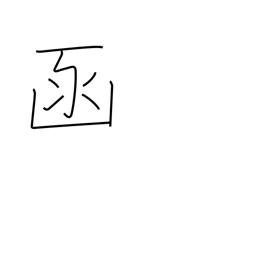
Meaning: box (archaic)